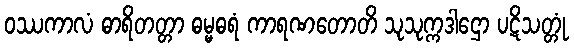
ဝဿကာလံ ဓာရိတတ္တာ ဓမ္မဓရံ ကာရဏတောတိ သုသုက္ကဒါဌော ပဋိသတ္တုံ